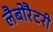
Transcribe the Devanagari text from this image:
लैबोरैटरी